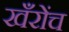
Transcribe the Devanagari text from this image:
खँरोंच